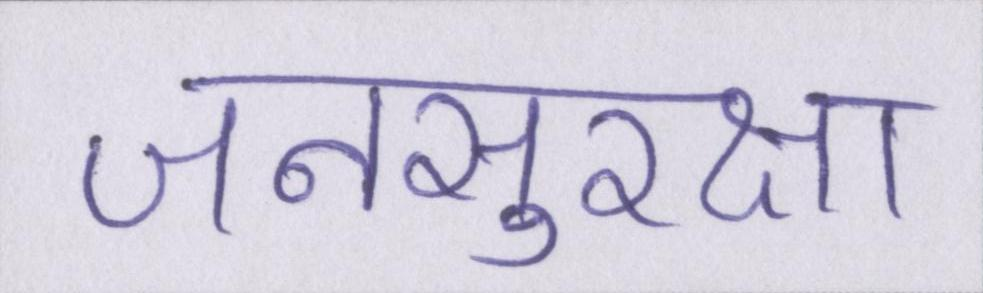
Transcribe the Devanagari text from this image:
जनसुरक्षा